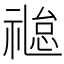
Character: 𬓐